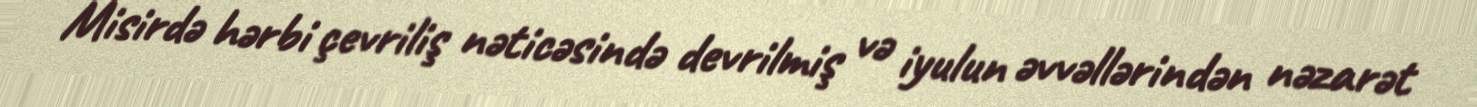
Misirdə hərbi çevriliş nəticəsində devrilmiş və iyulun əvvəllərindən nəzarət